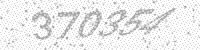
Solution: 370354